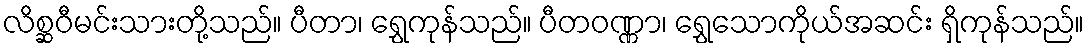
လိစ္ဆဝီမင်းသားတို့သည်။ ပီတာ၊ ရွှေကုန်သည်။ ပီတဝဏ္ဏာ၊ ရွှေသောကိုယ်အဆင်း ရှိကုန်သည်။